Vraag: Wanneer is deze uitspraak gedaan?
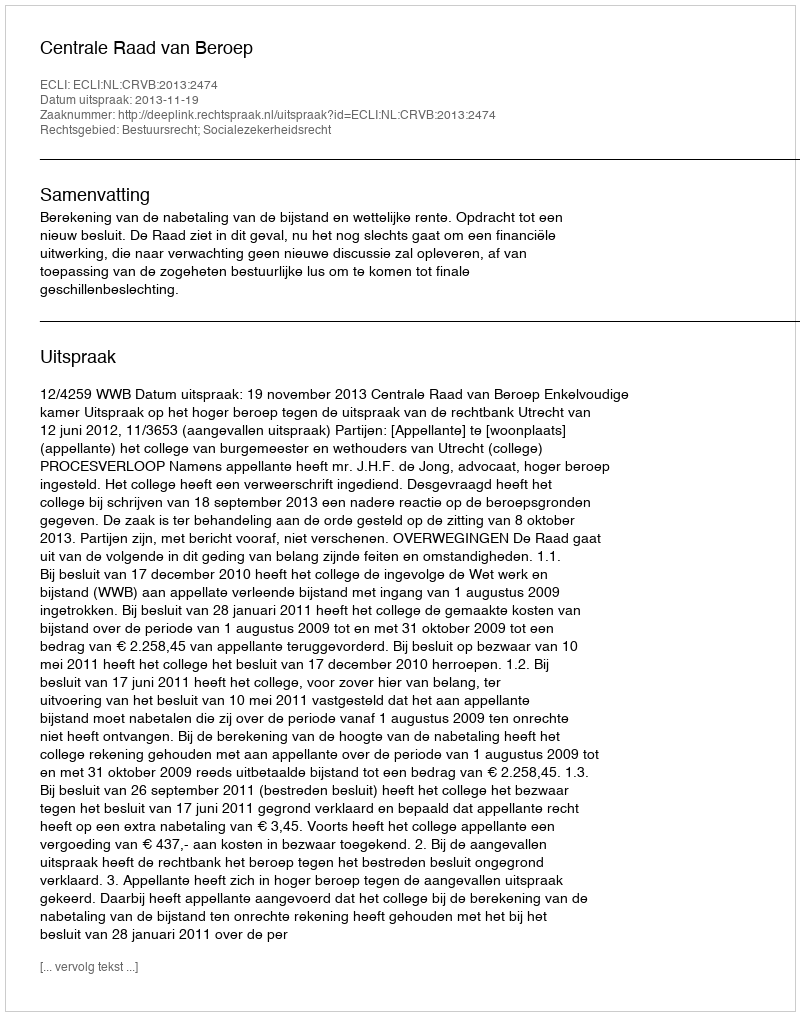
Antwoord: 2013-11-19